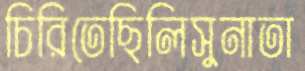
চিরিতেছিলিসুনাতা